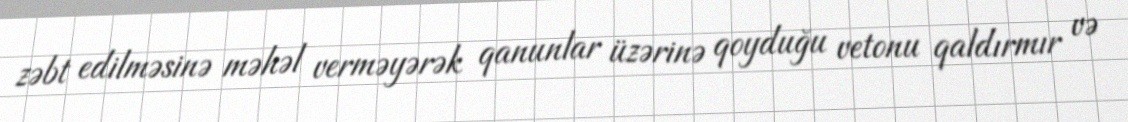
zəbt edilməsinə məhəl verməyərək qanunlar üzərinə qoyduğu vetonu qaldırmır və